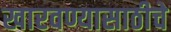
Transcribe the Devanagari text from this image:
खारवण्यासाठीचे